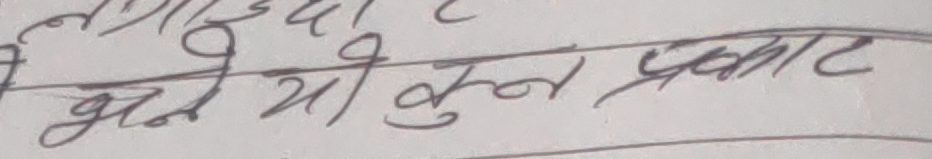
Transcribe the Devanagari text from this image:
भने यी कुन प्रकार